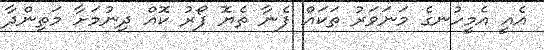
އެއީ އެމީހުނގެ މަނަވަރު ތަކައް ފެނާ ތެޔޮ ފޯރު ކޮއް ދިނުމަށާ މަތިންދާ